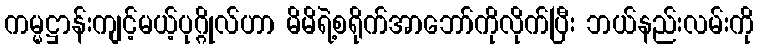
ကမ္မဋ္ဌာန်းကျင့်မယ့်ပုဂ္ဂိုလ်ဟာ မိမိရဲ့စရိုက်အာဘော်ကိုလိုက်ပြီး ဘယ်နည်းလမ်းကို